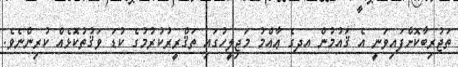
ތަޖުރިބާކޮށްފައިވަނީ އެ ޤައުމުން އދގެ ޢާއްމު މަޖިލީހުގައި ތަޤްރީރުކުރުމުގެ ކުޑަ ވަޤުތުކޮޅެއް ކުރިންނެވެ.